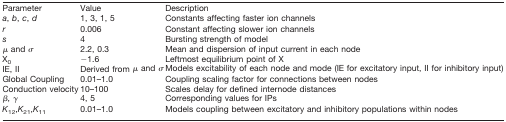
<table><thead><tr><td><b>Parameter</b></td><td><b>Value</b></td><td><b>Description</b></td></tr></thead><tbody><tr><td><i>a</i>, <i>b</i>, <i>c</i>, <i>d</i></td><td>1, 3, 1, 5</td><td>Constants affecting faster ion channels</td></tr><tr><td><i>r</i></td><td>0.006</td><td>Constant affecting slower ion channels</td></tr><tr><td><i>s</i></td><td>4</td><td>Bursting strength of model</td></tr><tr><td>μ and σ</td><td>2.2, 0.3</td><td>Mean and dispersion of input current in each node</td></tr><tr><td>X<sub>0</sub></td><td>−1.6</td><td>Leftmost equilibrium point of X</td></tr><tr><td>IE, II</td><td>Derived from μ and σ</td><td>Models excitability of each node and mode (IE for excitatory input, II for inhibitory input)</td></tr><tr><td>Global Coupling</td><td>0.01–1.0</td><td>Coupling scaling factor for connections between nodes</td></tr><tr><td>Conduction velocity</td><td>10–100</td><td>Scales delay for defined internode distances</td></tr><tr><td>β, γ</td><td>4, 5</td><td>Corresponding values for IPs</td></tr><tr><td><i>K</i><sub>12</sub>,<i>K</i><sub>21</sub>,<i>K</i><sub>11</sub></td><td>0.01–1.0</td><td>Models coupling between excitatory and inhibitory populations within nodes</td></tr></tbody></table>